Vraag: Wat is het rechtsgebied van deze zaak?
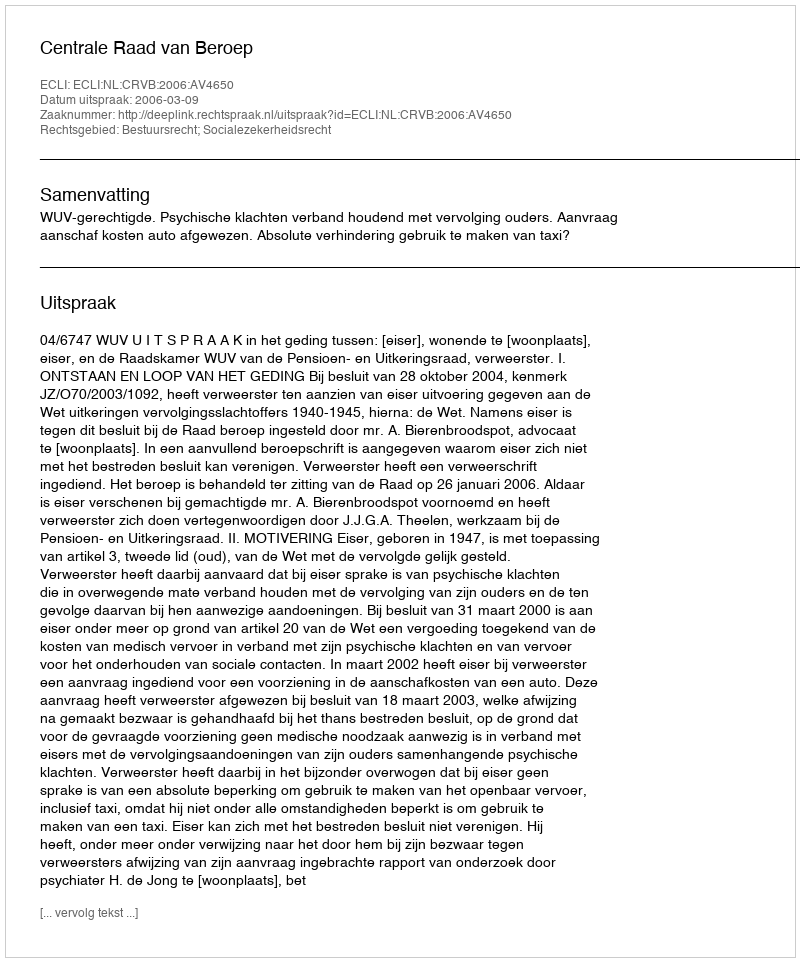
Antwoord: Bestuursrecht; Socialezekerheidsrecht